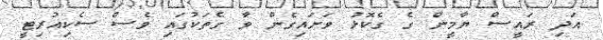
އަދި ރައީސް ޔާމީން ގެ ގެކޮޅު ވަށައިގެން ވާ ގެތަކުގަައި ވެސް ސެކިއުރިޓީ